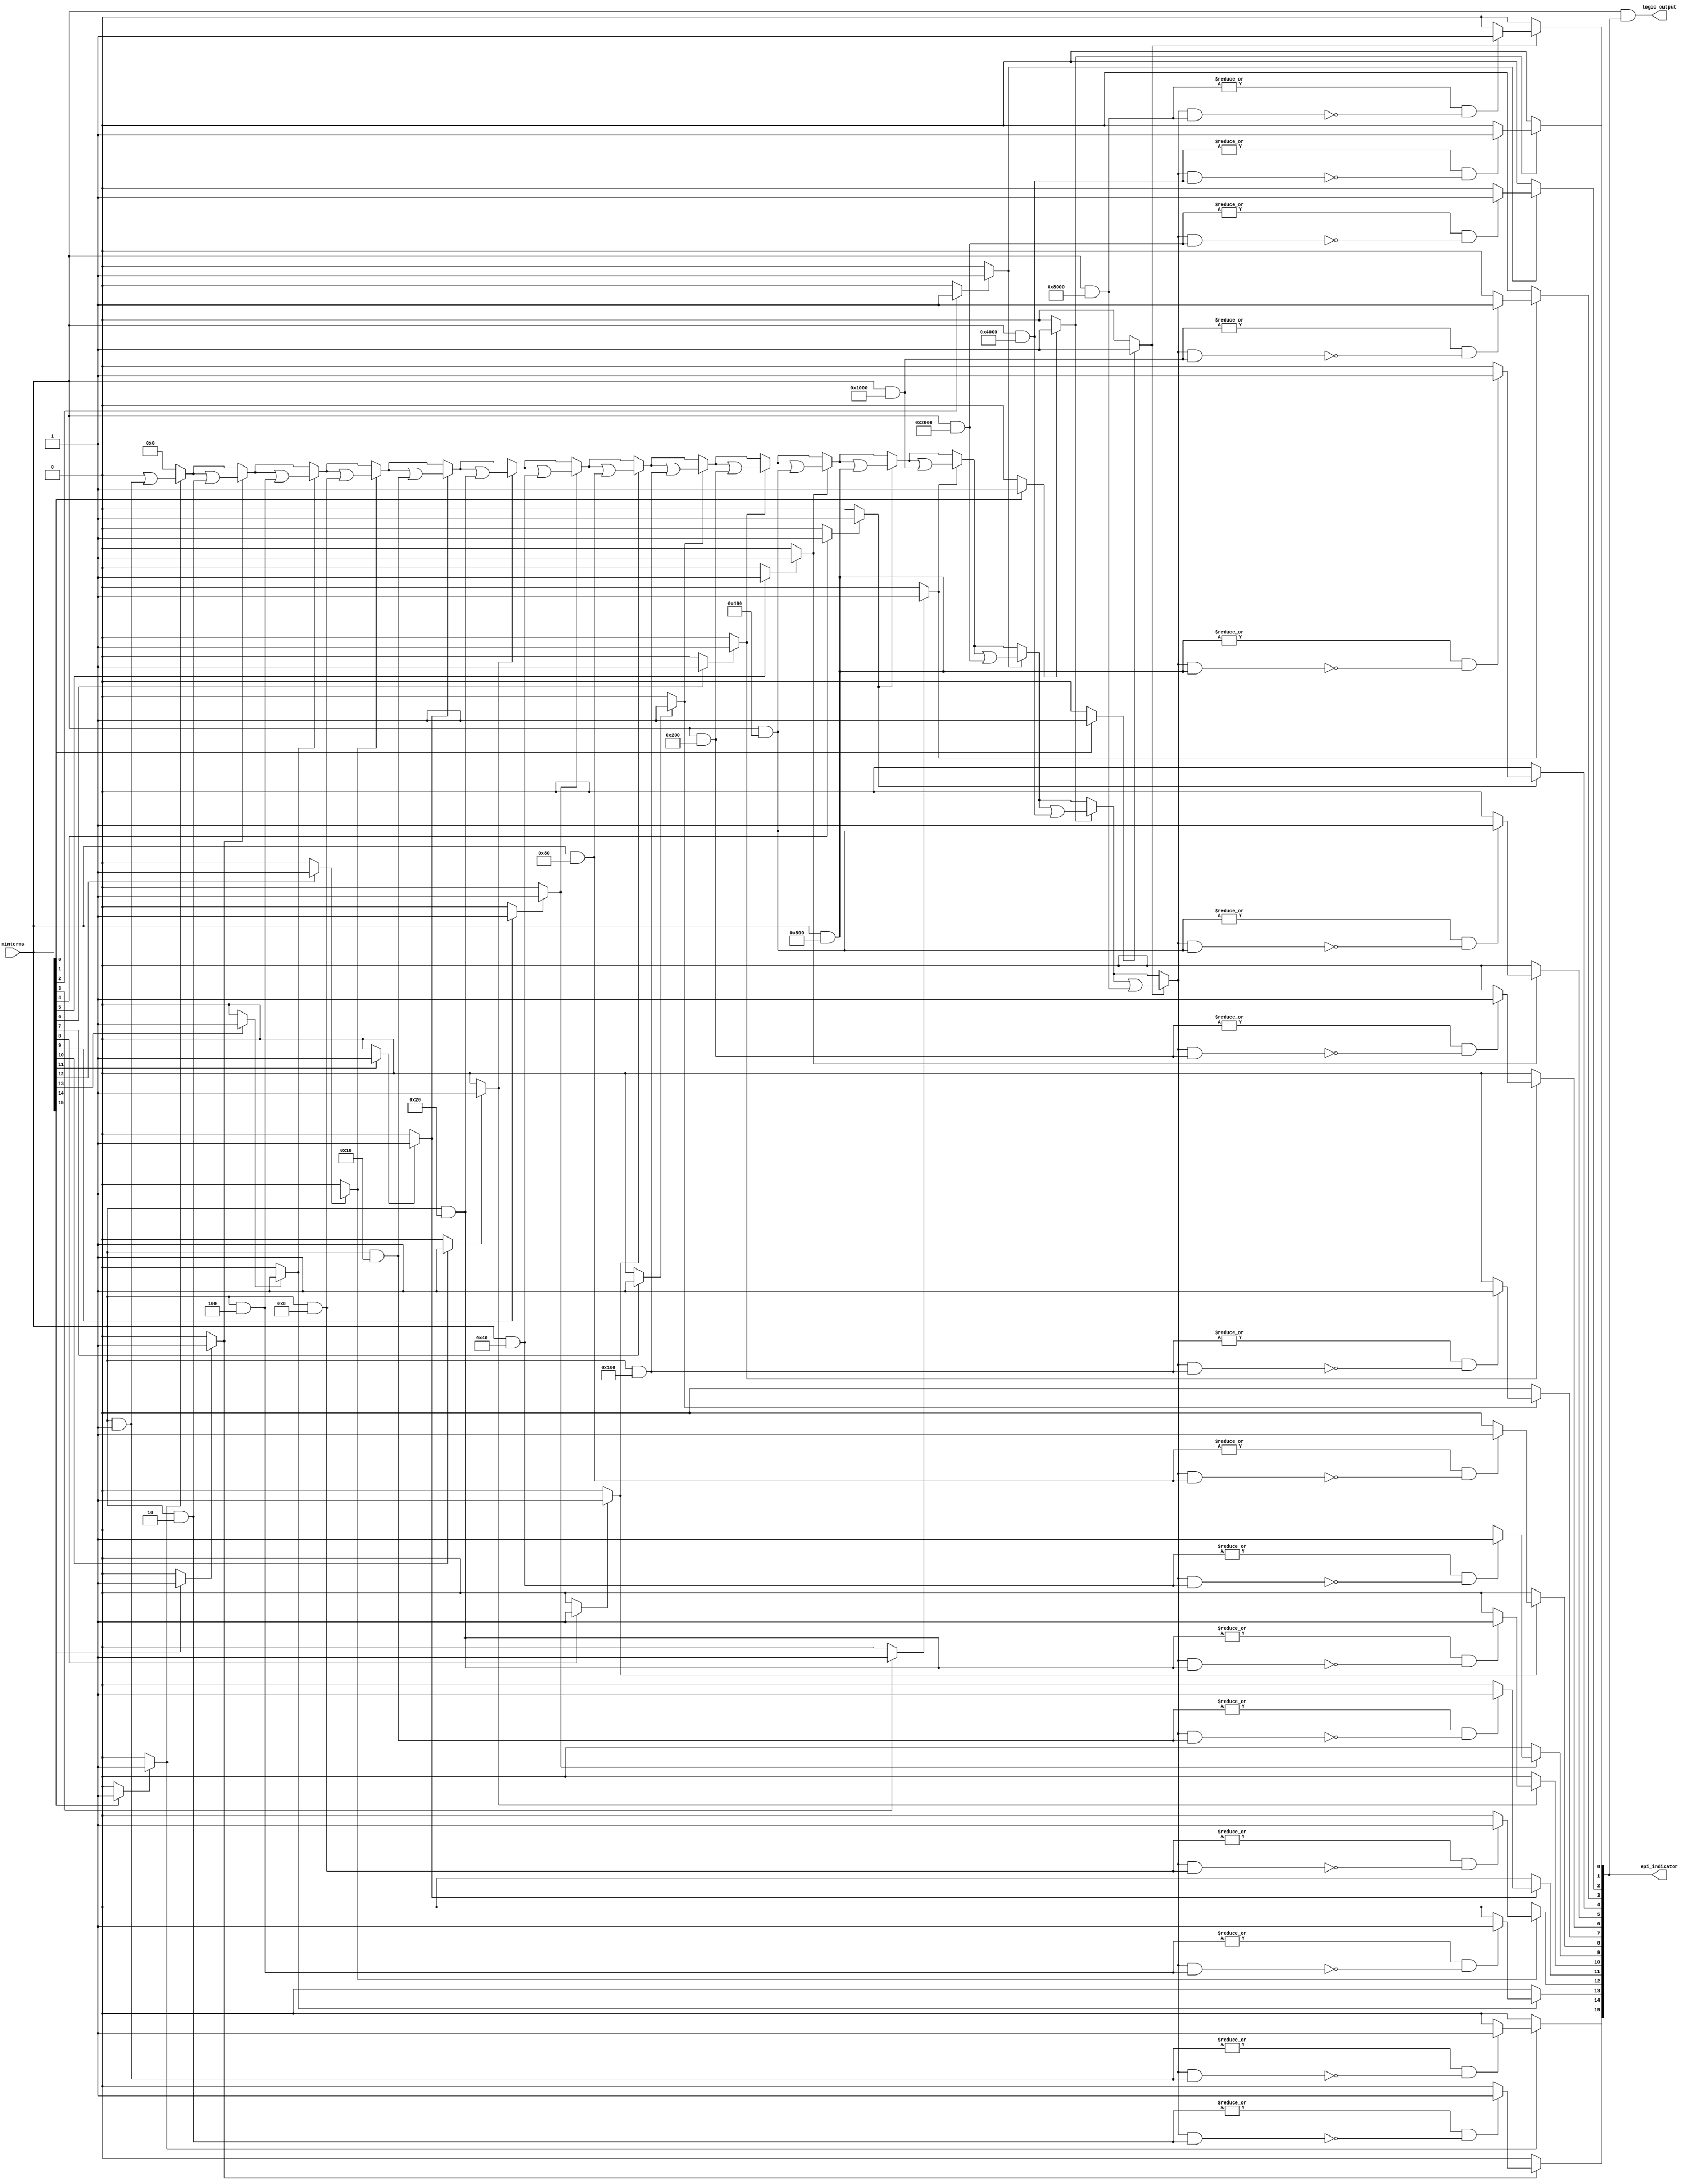
module EPI_Detector #(parameter N = 4) (
    input wire [0:(2**N)-1] minterms,  // Minterms (binary vector)
    output reg [(2**N)-1:0] logic_output,  // Simplified logic expression (output)
    output reg [(2**N)-1:0] epi_indicator  // EPI indicator
);

    reg [0:(2**N)-1] k_map;  // K-map representation
    reg [0:(2**N)-1] prime_implicants;  // Store prime implicants
    reg [0:(2**N)-1] covered_minterms;  // Covered minterms by prime implicants
    integer i, j;

    // Function to identify essential prime implicants
    function [0:(2**N)-1] identify_epi(input [0:(2**N)-1] prime_implicants, input [0:(2**N)-1] minterms);
        reg [0:(2**N)-1] epi;
        reg [0:(2**N)-1] covered; 
        integer idx;

        begin
            epi = 0;
            for (idx = 0; idx < (2**N); idx = idx + 1) begin
                if (prime_implicants[idx]) begin
                    covered = minterms & (1 << idx);  // Check coverage
                    if (|covered && !(covered_minterms & covered)) begin
                        epi[idx] = 1;  // Mark as EPI
                    end
                end
            end
            identify_epi = epi;
        end
    endfunction

    // Main process to generate the EPI and Logic Output
    always @(*) begin
        // Initialize K-Map based on minterms
        k_map = 0;
        for (i = 0; i < (2**N); i = i + 1) begin
            if (minterms[i]) begin
                k_map[i] = 1;  // Mark minterms in K-map
            end
        end

        // Generate Prime Implicants from K-Map
        prime_implicants = 0; // Reset prime implicants
        // (Grouping logic implementation would go here)
        // Example of detecting groups of 1s (this is a simplified version)
        for (i = 0; i < (2**N); i = i + 1) begin
            if (k_map[i]) begin
                prime_implicants[i] = 1; // Marked as prime implicant (simplified)
            end
        end

        // Determine Covered Minterms
        covered_minterms = 0;
        for (i = 0; i < (2**N); i = i + 1) begin
            if (prime_implicants[i]) begin
                covered_minterms = covered_minterms | (minterms & (1 << i));
            end
        end

        // Identify Essential Prime Implicants
        epi_indicator = identify_epi(prime_implicants, minterms);

        // Generate Logic Output based on EPI Indicator
        logic_output = minterms & epi_indicator;  // Placeholder for final logic simplification
    end
endmodule